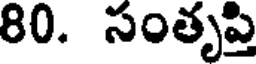
80. సంతృప్తి